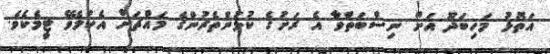
އަތޮޅު މަހިބަދޫ އަށް ނިސްބަތްވާ އެ ރަށުގެ ކުޅުންތެރުންގެ މައްޗަށް އެކުލެވޭ ޓީމެކެވެ.